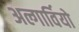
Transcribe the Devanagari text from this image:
अल्गार्वियो